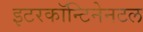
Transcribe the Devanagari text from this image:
इटरकॉन्टिनेनटल